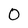
Character: 0